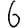
Digit: 6